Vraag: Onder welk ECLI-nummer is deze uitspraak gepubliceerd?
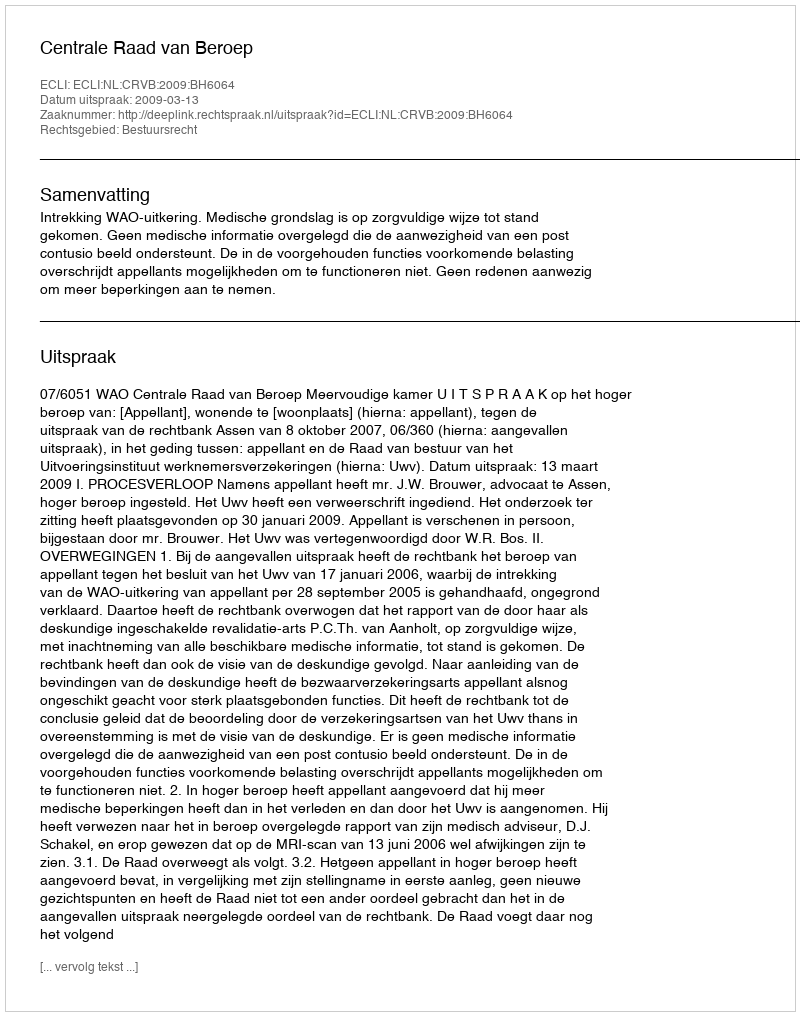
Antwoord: ECLI:NL:CRVB:2009:BH6064